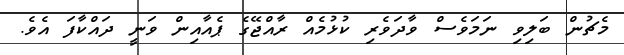
މެޗުން ބަލިވި ނަމަވެސް ވާދަވެރި ކުޅުމެއް ރާއްޖޭގެ ޕެއާއިން ވަނީ ދައްކާފަ އެވެ.